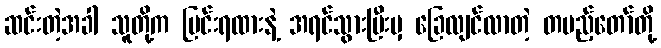
ဆင်းတဲ့အခါ သူတို့က မြင်းရထားနဲ့ အရင်သွားပြီးမှ ခြေလျင်လာတဲ့ တပည့်တော်တို့